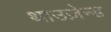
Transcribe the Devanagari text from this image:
थाउज़ेन्ड